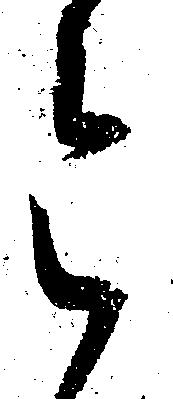
令